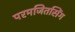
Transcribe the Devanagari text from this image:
परमजितसिंग